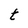
Character: t